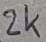
Text: 2k